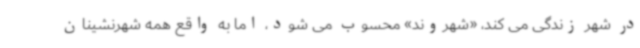
در شهر زندگی می کند، «شهروند» محسوب می شود، اما به واقع همه شهرنشینان